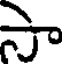
సా